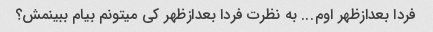
فردا بعدازظهر اوم... به نظرت فردا بعدازظهر کی میتونم بیام ببینمش؟